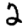
Digit: 2